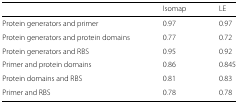
|  | Isomap | LE |
 | --- | --- | --- |
 | Protein generators and primer | 0.97 | 0.97 |
 | Protein generators and protein domains | 0.77 | 0.72 |
 | Protein generators and RBS | 0.95 | 0.92 |
 | Primer and protein domains | 0.86 | 0.845 |
 | Protein domains and RBS | 0.81 | 0.83 |
 | Primer and RBS | 0.78 | 0.78 |